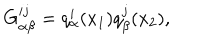
LaTeX: G _ { \alpha \beta } ^ { i j } = q _ { \alpha } ^ { i } ( x _ { 1 } ) q _ { \beta } ^ { j } ( x _ { 2 } ) ,